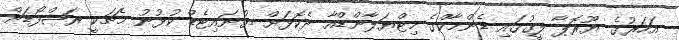
އަހަރުގެ ޔޫރޮޕާ ލީގުގައި ޑެންމާކްގެ މިޓްޔަލާންޑްއާ ދެކޮޅަށް ޔުނައިޓެޑް ކުޅުނު މެޗަކީ ރަޝްފޯޑަށް